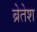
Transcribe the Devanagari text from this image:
ब्रेतेश